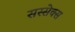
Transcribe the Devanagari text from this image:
सस्सेक्स